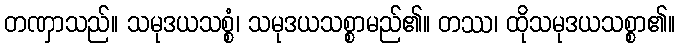
တဏှာသည်။ သမုဒယသစ္စံ၊ သမုဒယသစ္စာမည်၏။ တဿ၊ ထိုသမုဒယသစ္စာ၏။